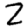
Digit: 2